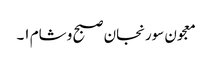
معجون سورنجان صبح و شام ۱۔